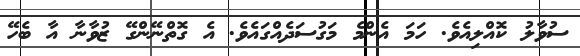
ސުވާލު ކޮއްލިއެވެ. ހަމަ އެންމެ މަގުސަދެއްގައެވެ. އެ ގޮތްނޭންގޭ ޒުވާނާ އާ ބެހޭ